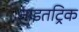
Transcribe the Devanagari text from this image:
नाइतट्रिक